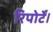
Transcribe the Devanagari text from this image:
रिपोर्टें।